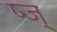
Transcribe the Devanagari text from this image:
ष्ज्